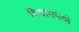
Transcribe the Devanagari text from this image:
विश्वासपथों